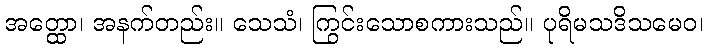
အတ္ထော၊ အနက်တည်း။ သေသံ၊ ကြွင်းသောစကားသည်။ ပုရိမသဒိသမေဝ၊